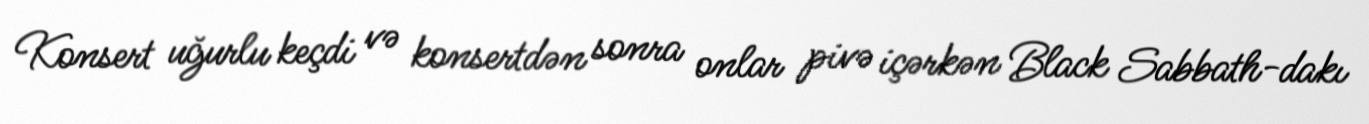
Konsert uğurlu keçdi və konsertdən sonra onlar pivə içərkən Black Sabbath-dakı